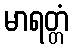
မာရတ္တံ